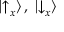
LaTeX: | { \uparrow } _ { x } \rangle \, , \; | { \downarrow } _ { x } \rangle